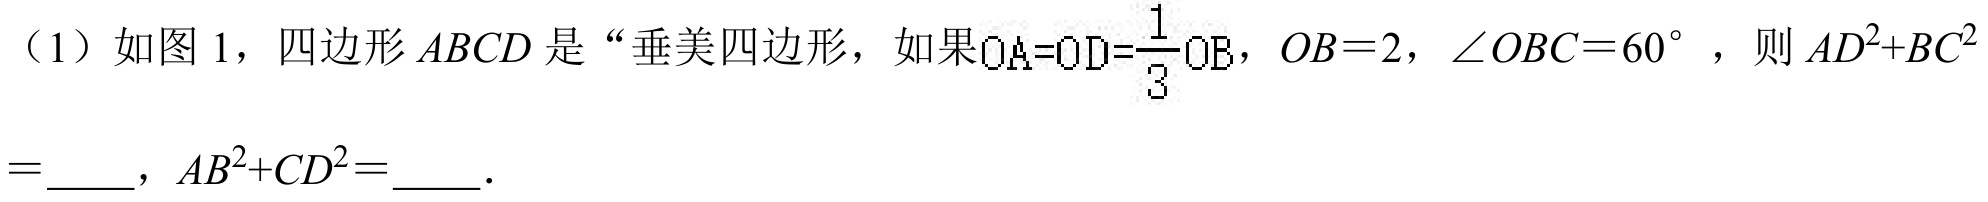
（1）如图 1，四边形$ABCD$是“垂美四边形，如果$OA = OD=\frac{1}{3}OB$，$OB = 2$，$\angle OBC = 60^{\circ}$，则$AD^{2}+BC^{2}=$  ，$AB^{2}+CD^{2}=$  ．